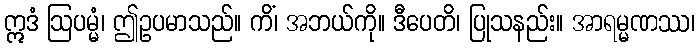
ဣဒံ ဩပမ္မံ၊ ဤဥပမာသည်။ ကိံ၊ အဘယ်ကို။ ဒီပေတိ၊ ပြုသနည်း။ အာရမ္မဏဿ၊